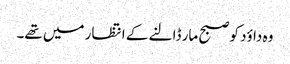
وہ داؤد کو صبح مار ڈالنے کے انتظار میں تھے۔